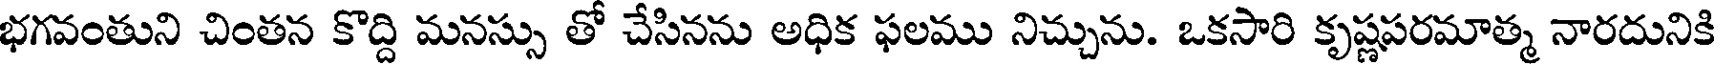
భగవంతుని చింతన కొద్ది మనస్సు తో చేసినను అధిక ఫలము నిచ్చును. ఒకసారి కృష్ణపరమాత్మ నారదునికి